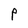
Character: P